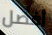
أفضل